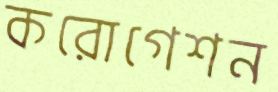
করোগেশন